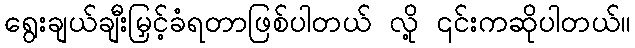
ရွေးချယ်ချီးမြှင့်ခံရတာဖြစ်ပါတယ် လို့ ၎င်းကဆိုပါတယ်။